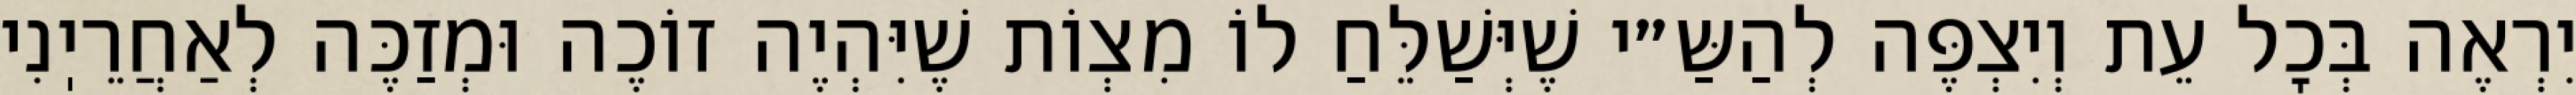
יִרְאֶה בְּכׇל עֵת וְיִצְפֶּה לְהַשַּ״י שֶׁיְּשַׁלֵּחַ לוֹ מִצְוֹת שֶׁיִּהְיֶה זוֹכֶה וּמְזַכֶּה לְאַחֲרֵיֽנִי